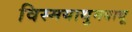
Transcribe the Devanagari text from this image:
विस्मयाथुमबाथू